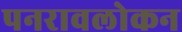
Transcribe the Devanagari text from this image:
पनरावलोकन